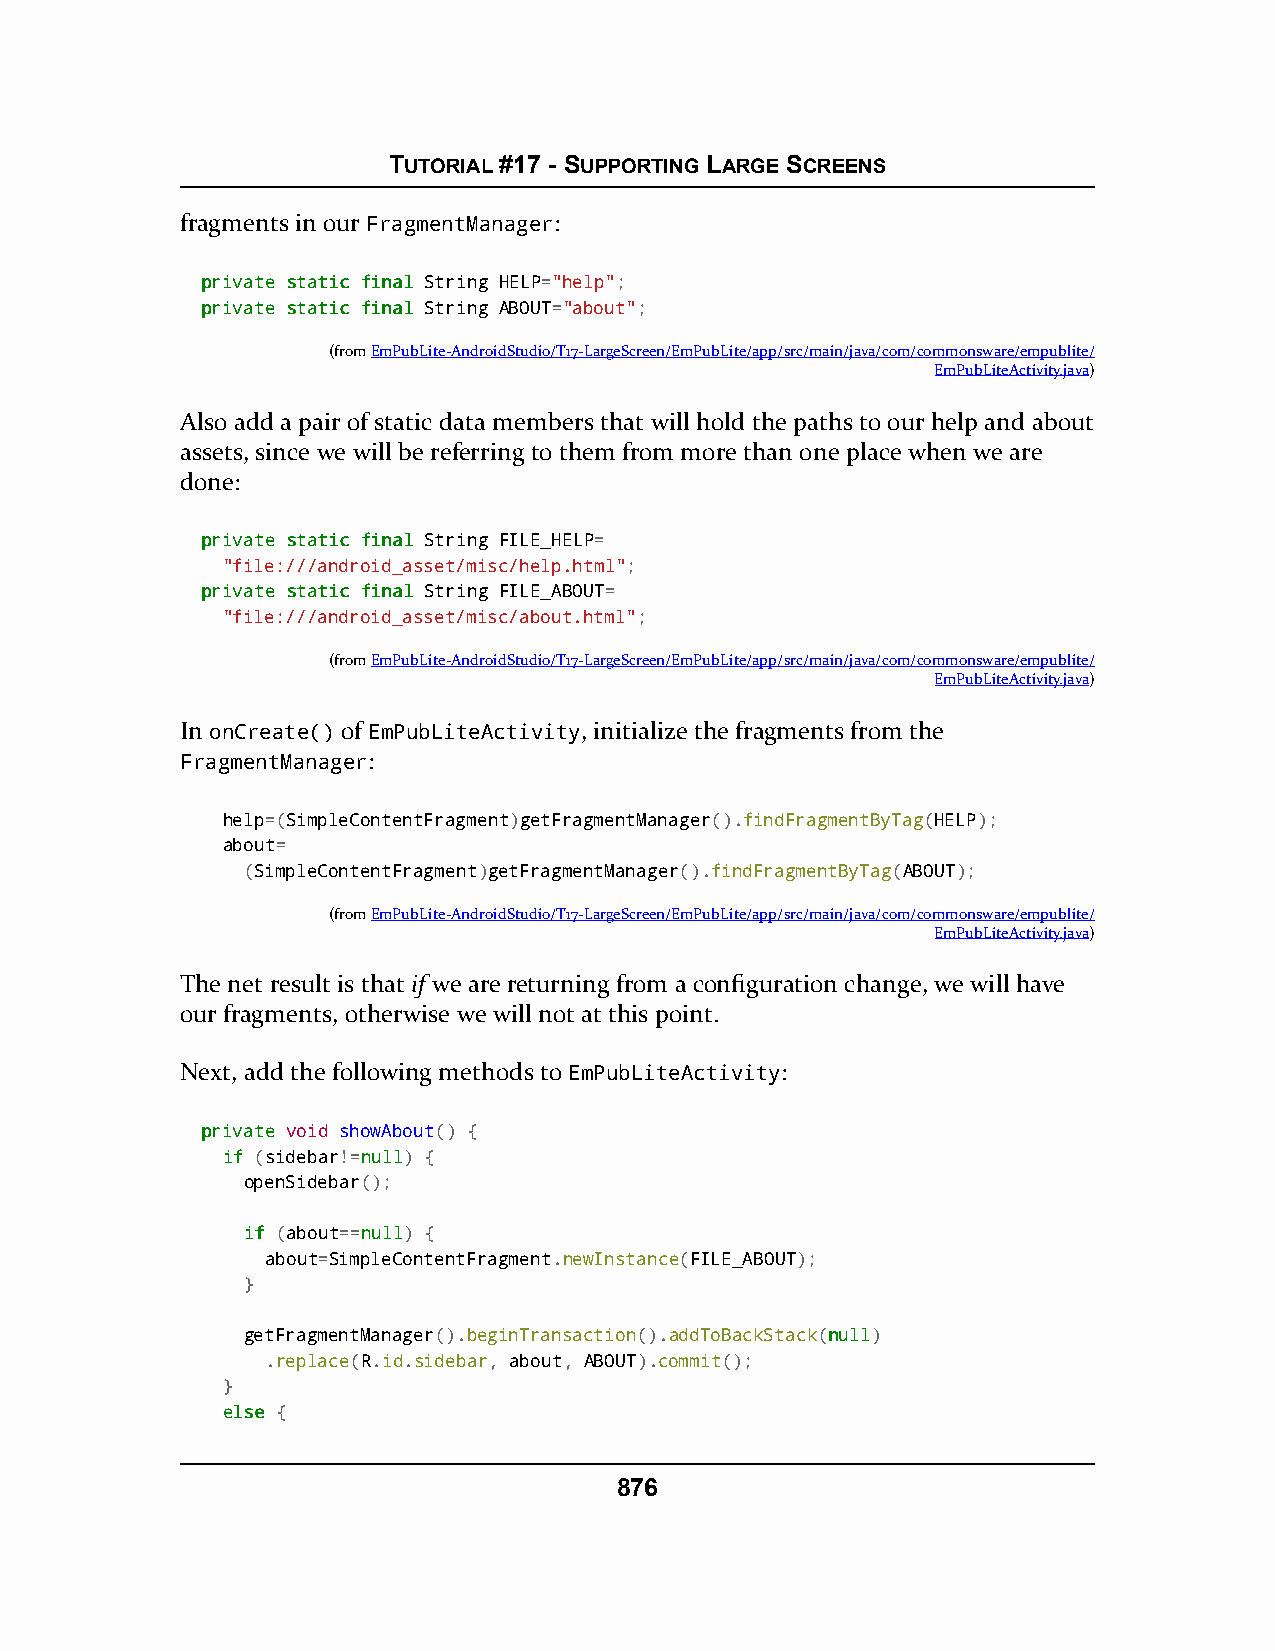
TUTORIAL #17 - SUPPORTING LARGE SCREENS
 fragments in our FragmentManager:
 pprriivvaattee ssttaattiicc ffiinnaall String HELP="help";
 pprriivvaattee ssttaattiicc ffiinnaall String ABOUT="about";
 (fromEmPubLite-AndroidStudio/T17-LargeScreen/EmPubLite/app/src/main/java/com/commonsware/empublite/
 EmPubLiteActivity.java)
 Also add a pair of static data members that will hold the paths to our help and about
 assets, since we will be referring to them from more than one place when we are
 done:
 pprriivvaattee ssttaattiicc ffiinnaall String FILE_HELP=
 "file:///android_asset/misc/help.html";
 pprriivvaattee ssttaattiicc ffiinnaall String FILE_ABOUT=
 "file:///android_asset/misc/about.html";
 (fromEmPubLite-AndroidStudio/T17-LargeScreen/EmPubLite/app/src/main/java/com/commonsware/empublite/
 EmPubLiteActivity.java)
 In onCreate() of EmPubLiteActivity, initialize the fragments from the
 FragmentManager:
 help=(SimpleContentFragment)getFragmentManager().findFragmentByTag(HELP);
 about=
 (SimpleContentFragment)getFragmentManager().findFragmentByTag(ABOUT);
 (fromEmPubLite-AndroidStudio/T17-LargeScreen/EmPubLite/app/src/main/java/com/commonsware/empublite/
 EmPubLiteActivity.java)
 The net result is that if we are returning from a configuration change, we will have
 our fragments, otherwise we will not at this point.
 Next, add the following methods to EmPubLiteActivity:
 pprriivvaattee void showAbout() {
 iiff (sidebar!=nnuullll) {
 openSidebar();
 iiff (about==nnuullll) {
 about=SimpleContentFragment.newInstance(FILE_ABOUT);
 }
 getFragmentManager().beginTransaction().addToBackStack(nnuullll)
 .replace(R.id.sidebar, about, ABOUT).commit();
 }
 eellssee {
 876